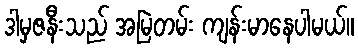
ဒါမှဇနီးသည် အမြဲတမ်း ကျန်းမာနေပါမယ်။